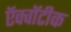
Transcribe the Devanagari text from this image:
ऍक्वॉटीक